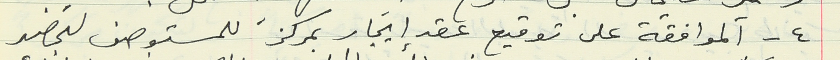
٤ - الموافقة على توقيع عقد إيجار بمركزَ للمستوصف لتحضير